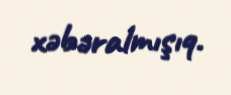
xəbəralmışıq.